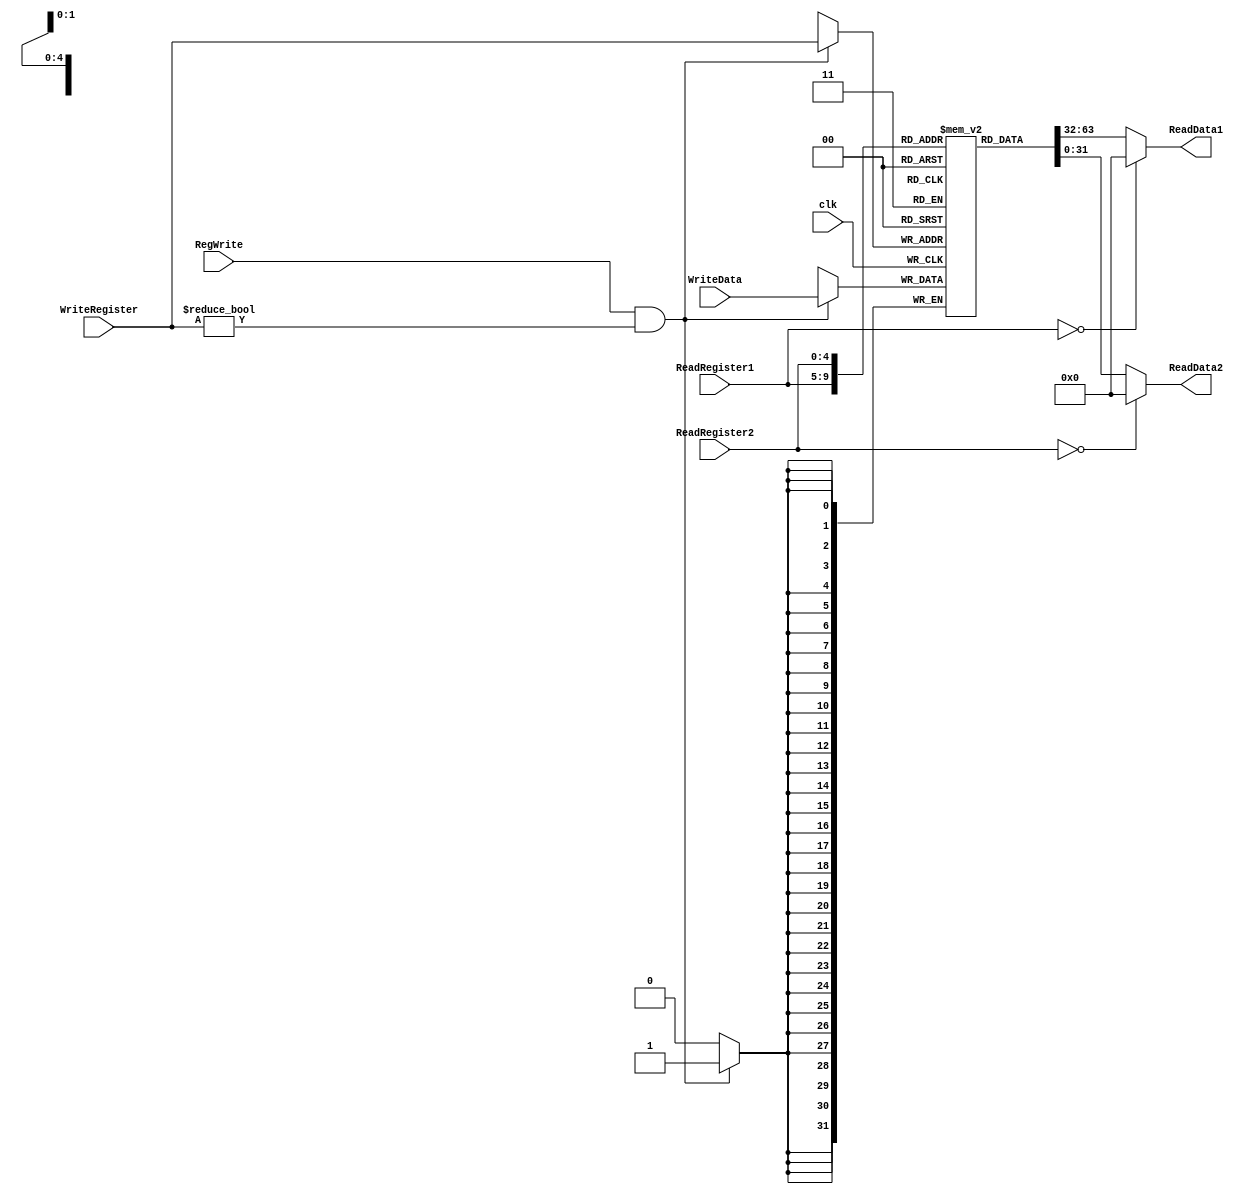
`timescale 1ps/1ps
module RegisterFile (ReadData1 ,ReadData2 ,ReadRegister1 ,ReadRegister2 ,WriteRegister ,WriteData ,RegWrite ,clk);

	//outputs declaration
	output [31:0] ReadData1 ;
	wire [31:0] ReadData1 ;
	output [31:0] ReadData2 ;
	wire [31:0] ReadData2 ;

	//inputs declaration
	input [4:0] ReadRegister1 ;
	wire [4:0] ReadRegister1 ;
	input [4:0] ReadRegister2 ;
	wire [4:0] ReadRegister2 ;
	input [4:0] WriteRegister ;
	wire [4:0] WriteRegister ;
	input [31:0] WriteData ;
	wire [31:0] WriteData ;
	input RegWrite ;
	wire RegWrite ;	 
	input clk;
	wire clk;

	//inside module
	reg [31:0] Registers [31:0];

	//Reading from registers
	assign #100  ReadData1=(ReadRegister1==5'b0) ? 32'b0 : Registers[ReadRegister1];
	assign #100  ReadData2=(ReadRegister2==5'b0) ? 32'b0 : Registers[ReadRegister2];

	//Writing in registers
	always @(posedge clk)	
	begin
		#100 //delay 100ps for RF
		if(RegWrite&&WriteRegister!=0)
			Registers[WriteRegister]<=WriteData;
	end

	initial
	begin
		Registers[0]=0;
		Registers[29]=1023;
	end

endmodule